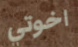
اخوتي